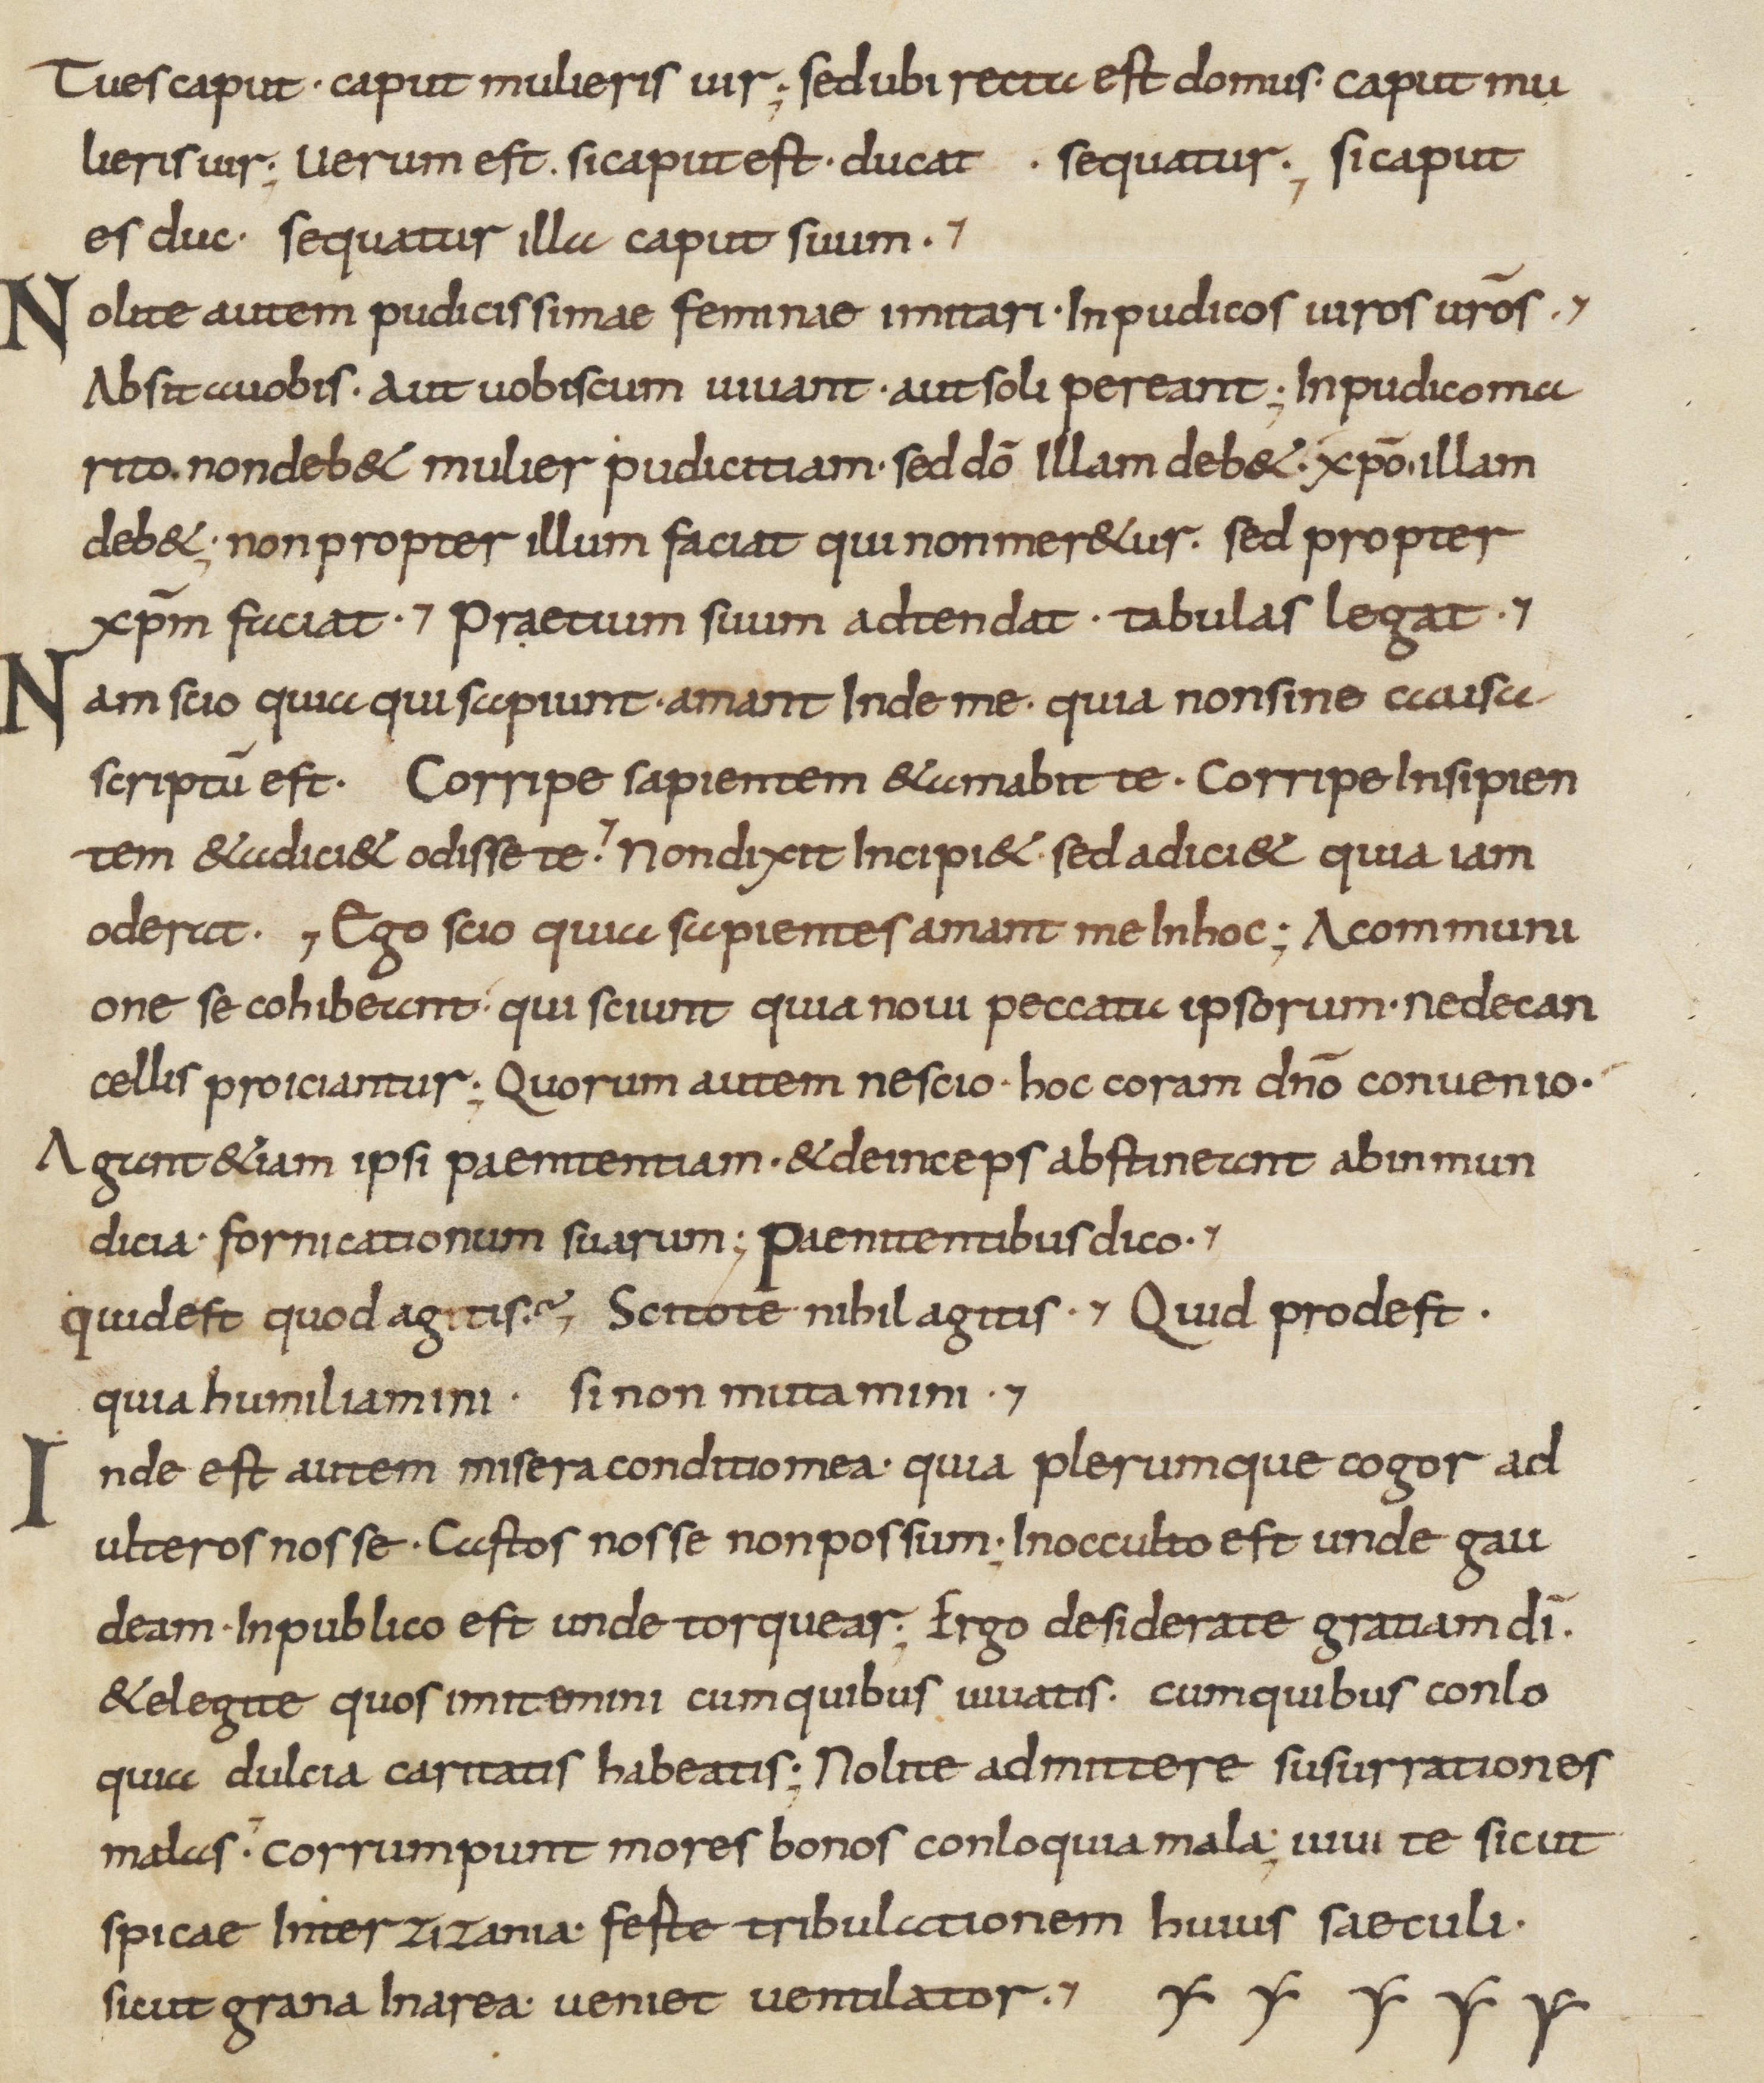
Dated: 800–899